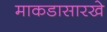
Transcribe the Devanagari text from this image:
माकडासारखे